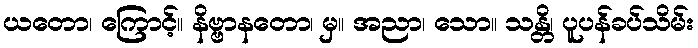
ယတော၊ ကြောင့်။ နိဗ္ဗာနတော၊ မှ။ အညာ၊ သော။ သန္တိ၊ ပူပန်ခပ်သိမ်း